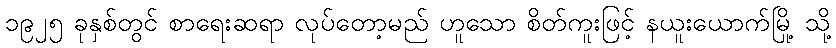
၁၉၂၅ ခုနှစ်တွင် စာရေးဆရာ လုပ်တော့မည် ဟူသော စိတ်ကူးဖြင့် နယူးယောက်မြို့ သို့